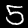
Label: 5